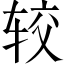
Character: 较